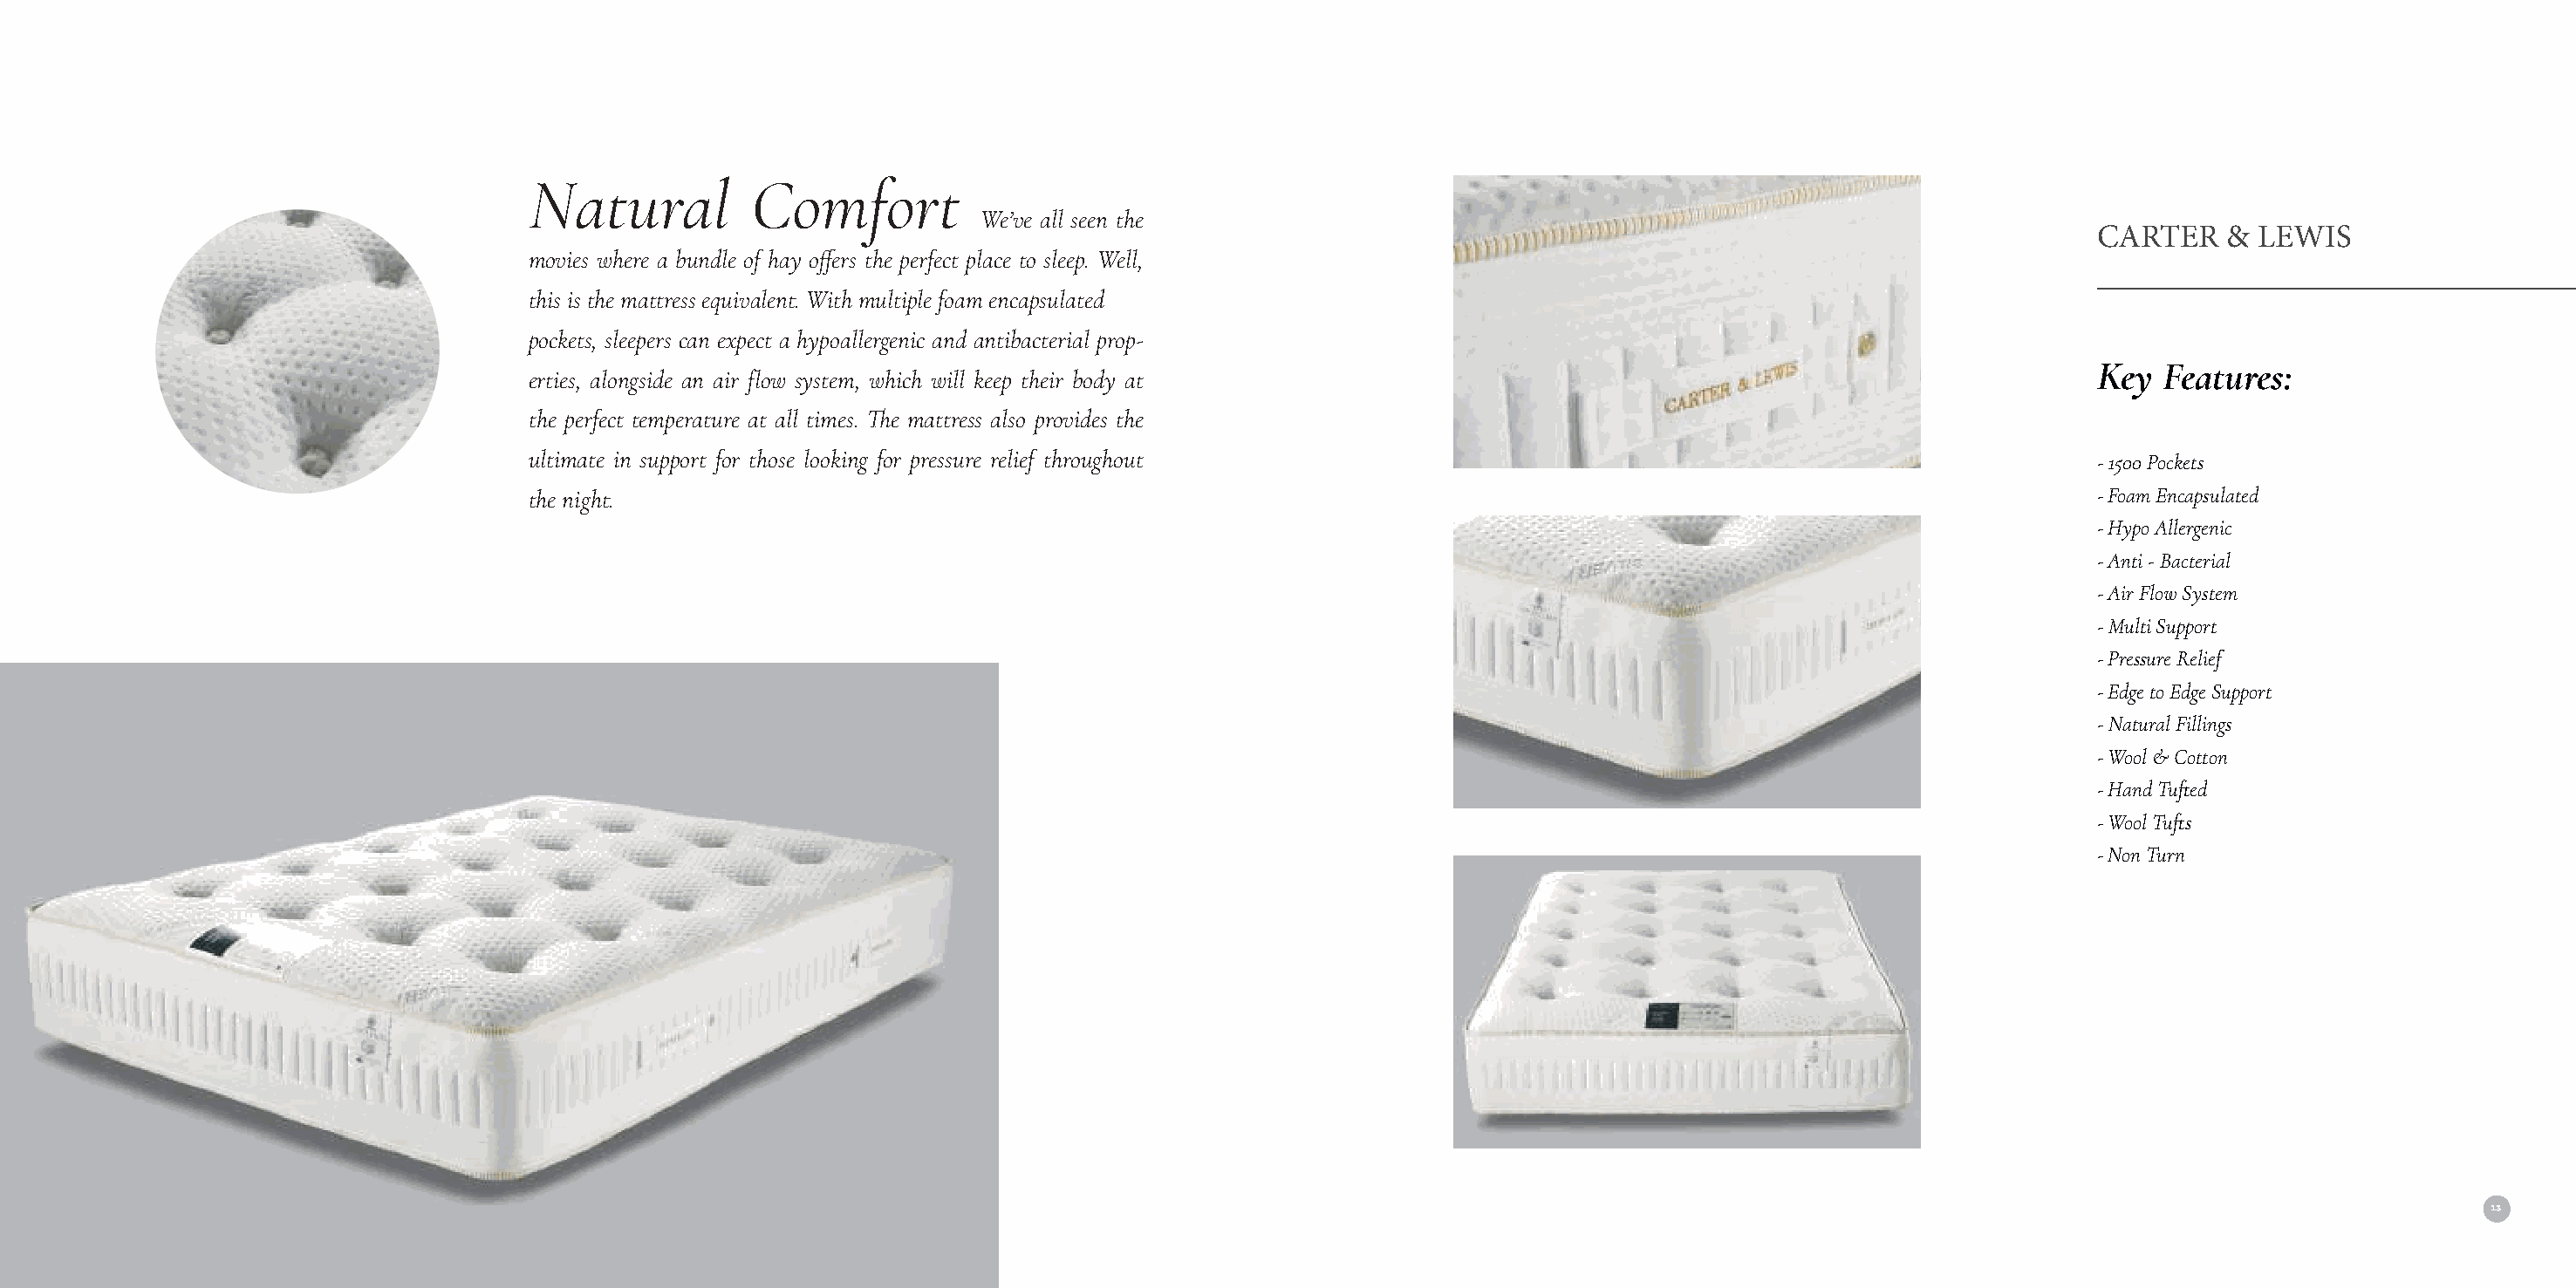
Natural          Comfort
 We’ve all seen the
 CARTER    & LEWIS
 movies where a bundle of hay offers the perfect place to sleep. Well,
 this is the mattress equivalent. With multiple foam encapsulated
 pockets, sleepers can expect a hypoallergenic and antibacterial prop-
 Key  Features:
 erties, alongside an air flow system, which will keep their body at
 the perfect temperature at all times. The mattress also provides the
 ultimate in support for those looking for pressure relief throughout                                                   - 1500 Pockets
 the night.                                                                                                             - Foam Encapsulated
 - Hypo Allergenic
 - Anti - Bacterial
 - Air Flow System
 - Multi Support
 - Pressure Relief
 - Edge to Edge Support
 - Natural Fillings
 - Wool & Cotton
 - Hand Tufted
 - Wool Tufts
 - Non Turn
 12                                                                                                                                                                                     13